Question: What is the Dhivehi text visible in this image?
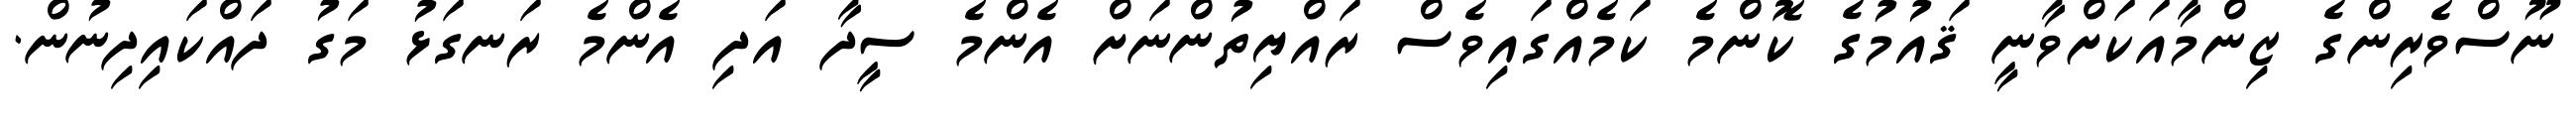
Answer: ނޫސްވެރިންގެ ޒިންމާއަކަށްވާނީ ޤައުމުގެ ކޮންމެ ކަމެއްގައިވެސް ރައްޔިތުންނަށް އެންމެ ސީދާ އަދި އެންމެ ރަނގަޅު މަގު ދައްކައިދިނުން.